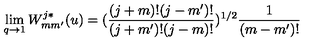
\lim _ { q \to 1 } W _ { m m ^ { \prime } } ^ { j * } ( u ) = ( \frac { ( j + m ) ! ( j - m ^ { \prime } ) ! } { ( j + m ^ { \prime } ) ! ( j - m ) ! } ) ^ { 1 / 2 } \frac { 1 } { ( m - m ^ { \prime } ) ! }